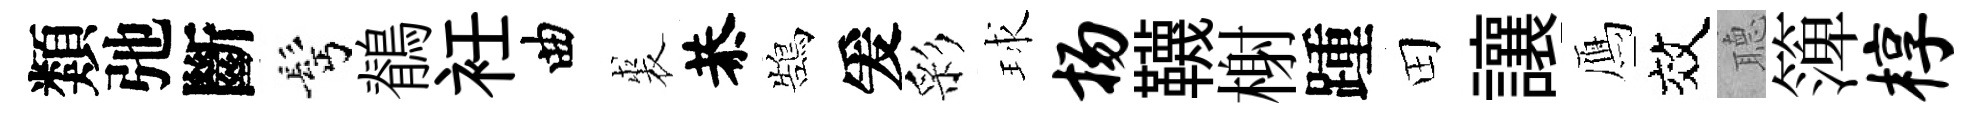
類弛斷髩鶺衽曲裘恭鵠爰彩球扬韈榭踵田讓鴈效𦗟𥱼椁